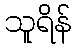
သူရိန်